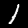
Digit: 1